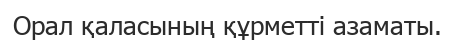
Орал қаласының құрметті азаматы.